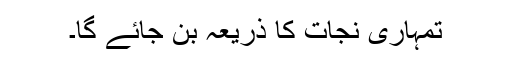
تمہاری نجات کا ذریعہ بن جائے گا۔